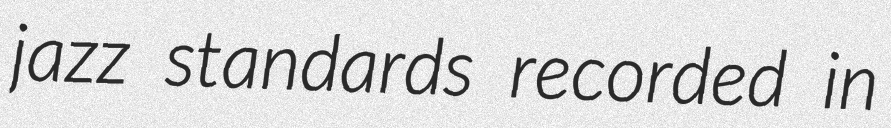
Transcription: jazz standards recorded in